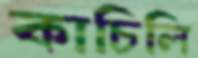
কাচিলি